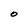
Character: O